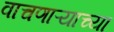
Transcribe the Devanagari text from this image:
वाचणाऱ्याच्या